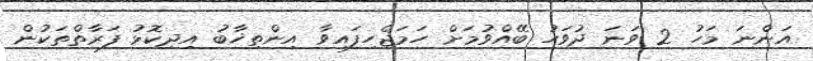
އަންނަ މަހު 2 ވަނަ ދުވަހު ބޭއްވުމަށް ހަމަޖެހިފައިވާ އިންތިޚާބު އިދިކޮޅު ފަރާތްތަކުން